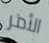
الأمر